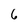
Character: 6